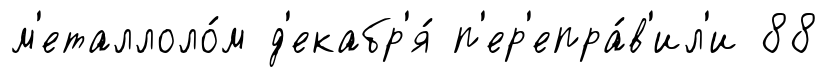
м'еталлоло́м д'екабр'я́ п'ер'епра́в'ил'и 88